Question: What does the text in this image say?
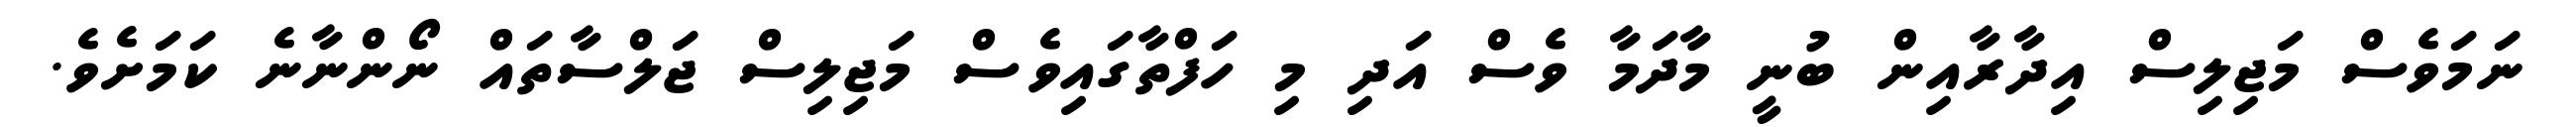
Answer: ނަމަވެސް މަޖިލިސް އިދާރާއިން ބުނީ މާދަމާ ވެސް އަދި މި ހަފްތާގައިވެސް މަޖިލިސް ޖަލްސާތައް ނޯންނާނެ ކަމަށެވެ.